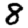
Digit: 8